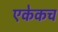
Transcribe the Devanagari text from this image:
एकेकच